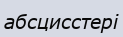
абсцисстері